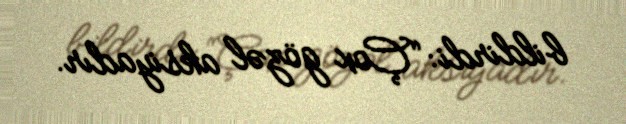
bildirdi: “Çox gözəl aksiyadır.